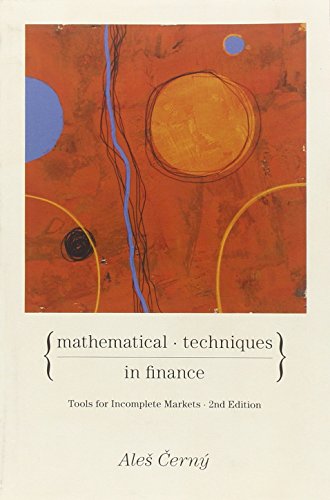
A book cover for Mathematical Techniques in Finance: Tools for Incomplete Markets, Second edition; Ales CernÃ½; Business & Money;